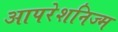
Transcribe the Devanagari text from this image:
आपरेशनिज्म